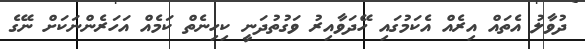
ދުވާލު އެތައް އިރެއް އެކަމުގައި ހޭދަވާއިރު ވަގުތުދަނީ ކިހިނެތް ކަމެއް އަހަރެންނަކަށް ނޭގެ